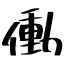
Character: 働